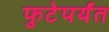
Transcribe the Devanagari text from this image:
फुटेपर्यंत